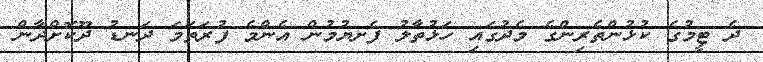
ދެ ޓީމުގެ ކުޅުންތެރިންގެ މެދުގައި ހަޅުތާލު ފެށޔުމުން އެންމެ ފުރަތަމަ ދަނޑު ދޫކޮށްދާން